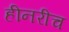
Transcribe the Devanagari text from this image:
हीनरीच